Indian journal of veterinary science and animal husbandry - Volume 11,
Year: 1941
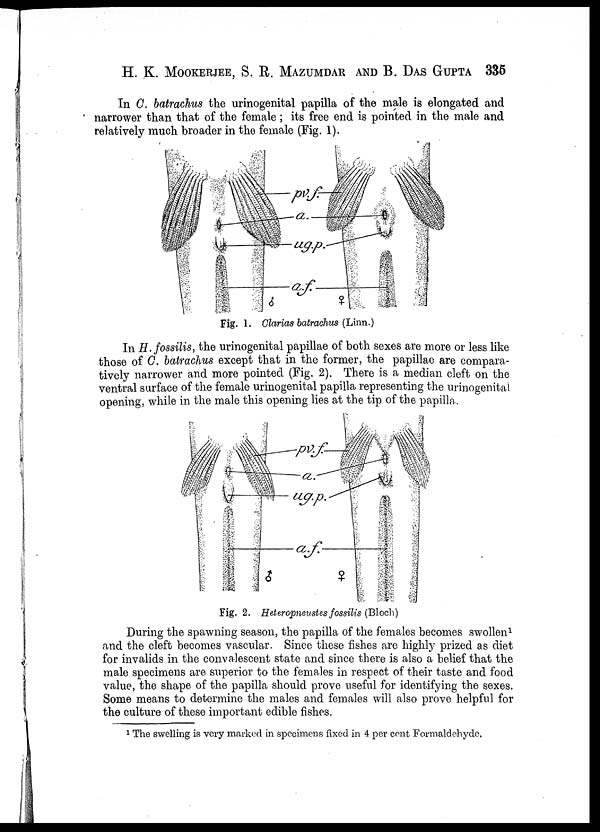
H. K. MOOKERJEE, S. R. MAZUMDAR AND B. DAS GUPTA 335
In C. batrachus the urinogenital papilla of the male is elongated and
narrower than that of the female ; its free end is pointed in the male and
relatively much broader in the female (Fig. 1).
Fig. 1. Clarias batrachus (Linn.)
In H. fossilis, the urinogenital papillae of both sexes are more or less like
those of C. batrachus except that in the former, the papillae are compara-
tively narrower and more pointed (Fig. 2). There is a median cleft on the
ventral surface of the female urinogenital papilla representing the urinogenital
opening, while in the male this opening lies at the tip of the papilla.
Fig. 2. Heteropneustes fossilis (Bloch)
During the spawning season, the papilla of the females becomes swollen 1
and the cleft becomes vascular. Since these fishes are highly prized as diet
for invalids in the convalescent state and since there is also a belief that the
male specimens are superior to the females in respect of their taste and food
value, the shape of the papilla should prove useful for identifying the sexes.
Some means to determine the males and females will also prove helpful for
the culture of these important edible fishes.
1 The swelling is very marked in specimens fixed in 4 per cent Formaldehyde.